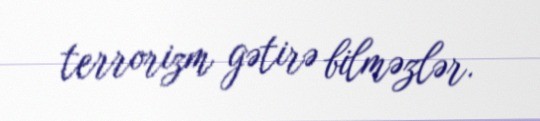
terrorizm gətirə bilməzlər.